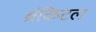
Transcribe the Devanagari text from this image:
ब्रंकिटल